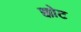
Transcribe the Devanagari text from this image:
क्कोट